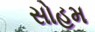
સોહમ